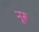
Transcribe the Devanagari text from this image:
नूरू